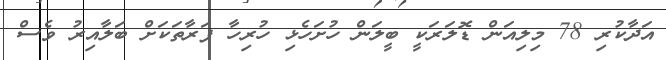
އަދާކުރި 78 މިލިއަން ޑޮލަރަކީ ބީލަން ހުށަހެޅި ހުރިހާ ފަރާތަކަށް ބަލާއިރު ވެސް